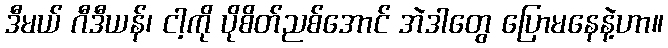
ဒီမယ် ဂီဒီယန်၊ ငါ့ကို ပိုစိတ်ညစ်အောင် အဲဒါတွေ ပြောမနေနဲ့ဟာ။